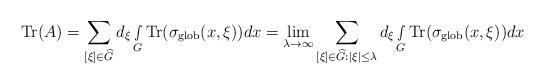
LaTeX: \begin{align*} \textnormal{Tr}(A)= \sum_{ [\xi]\in \widehat{G} }d_\xi\smallint\limits_G\textnormal{Tr}(\sigma_{\textnormal{glob}}(x,\xi))dx=\lim_{\lambda\rightarrow \infty} \sum_{ [\xi]\in \widehat{G}:|\xi|\leq \lambda }d_\xi\smallint\limits_G\textnormal{Tr}(\sigma_{\textnormal{glob}}(x,\xi))dx\end{align*}